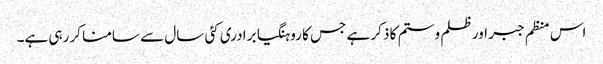
اس منظم جبر اور ظلم و ستم کا ذکر ہے جس کا روہنگیا برادری کئی سال سے سامنا کر رہی ہے۔